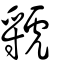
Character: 虢